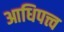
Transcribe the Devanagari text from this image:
आधिपत्त्व